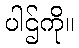
ပါဌ်ကို။